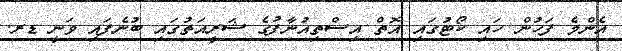
އެންމެ ފަހުން ހައި ކޯޓުގައި އޮތް އިސްތިއުނާފުގެ ޝަރީއަތުގައި ބުނެފައި ވަނީ ޑރ.